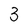
Character: 3